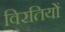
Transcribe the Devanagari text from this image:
विरतियों